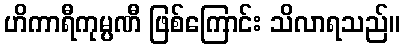
ဟိကာရီကုမ္ပဏီ ဖြစ်ကြောင်း သိလာရသည်။